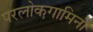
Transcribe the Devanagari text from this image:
परलोकगामिनी